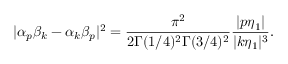
| \alpha _ { p } \beta _ { k } - \alpha _ { k } \beta _ { p } | ^ { 2 } = \frac { \pi ^ { 2 } } { 2 \Gamma ( 1 / 4 ) ^ { 2 } \Gamma ( 3 / 4 ) ^ { 2 } } \frac { | p \eta _ { 1 } | } { | k \eta _ { 1 } | ^ { 3 } } .